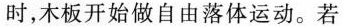
时，木板开始做自由落体运动。若